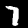
Digit: 7